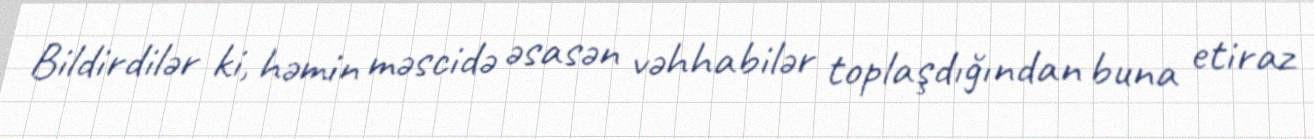
Bildirdilər ki, həmin məscidə əsasən vəhhabilər toplaşdığından buna etiraz